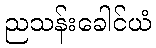
ညသန်းခေါင်ယံ